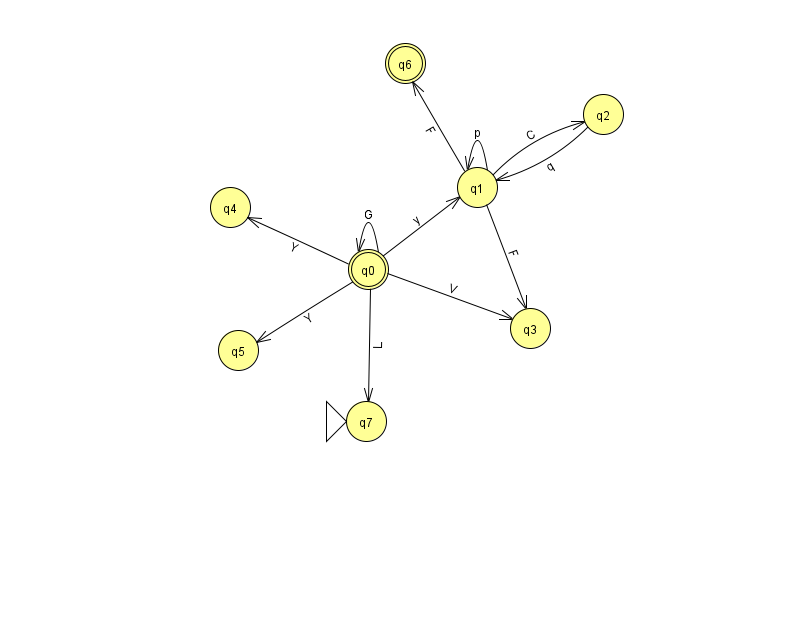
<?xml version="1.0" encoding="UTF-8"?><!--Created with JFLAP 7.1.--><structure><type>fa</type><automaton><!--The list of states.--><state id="0" name="q0"><x>368.0</x><y>256.0</y><final/></state><state id="1" name="q1"><x>477.0</x><y>174.0</y></state><state id="2" name="q2"><x>603.0</x><y>101.0</y></state><state id="3" name="q3"><x>530.0</x><y>315.0</y></state><state id="4" name="q4"><x>230.0</x><y>194.0</y></state><state id="5" name="q5"><x>238.0</x><y>337.0</y></state><state id="6" name="q6"><x>405.0</x><y>50.0</y><final/></state><state id="7" name="q7"><x>366.0</x><y>408.0</y><initial/></state><!--The list of transitions.--><transition><from>1</from><to>1</to><read>p</read></transition><transition><from>0</from><to>1</to><read>y</read></transition><transition><from>0</from><to>3</to><read>V</read></transition><transition><from>1</from><to>6</to><read>F</read></transition><transition><from>0</from><to>0</to><read>G</read></transition><transition><from>1</from><to>3</to><read>F</read></transition><transition><from>2</from><to>1</to><read>q</read></transition><transition><from>1</from><to>2</to><read>C</read></transition><transition><from>0</from><to>5</to><read>Y</read></transition><transition><from>0</from><to>4</to><read>Y</read></transition><transition><from>0</from><to>7</to><read>L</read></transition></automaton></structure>